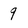
Character: 9